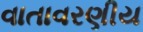
વાતાવરણીય